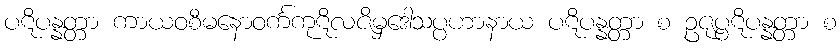
ပဋိပန္နတ္တာ ကာယဝစီမနောဝင်္ကကုဋိလဇိမှဒေါသပ္ပဟာနာယ ပဋိပန္နတ္တာ စ ဥဇုပ္ပဋိပန္နတ္တာ စ